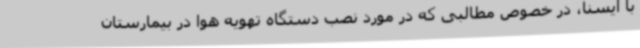
با ایسنا، در خصوص مطالبی که در مورد نصب دستگاه تهویه هوا در بیمارستان